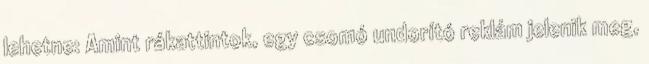
lehetne: Amint rákattintok, egy csomó undorító reklám jelenik meg,